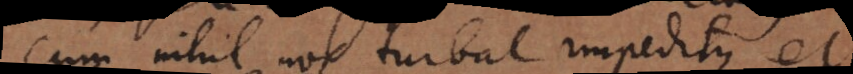
cum nihil nos turbat impeditque, et